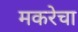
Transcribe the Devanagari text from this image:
मकरेचा